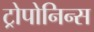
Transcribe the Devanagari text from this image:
ट्रोपोनिन्स